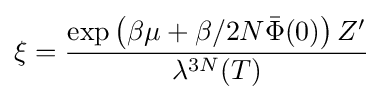
\xi ={\frac {\exp \left(\beta \mu +\beta /2N{\bar {\Phi }}(0)\right)Z'}{\lambda ^{3N}(T)}}